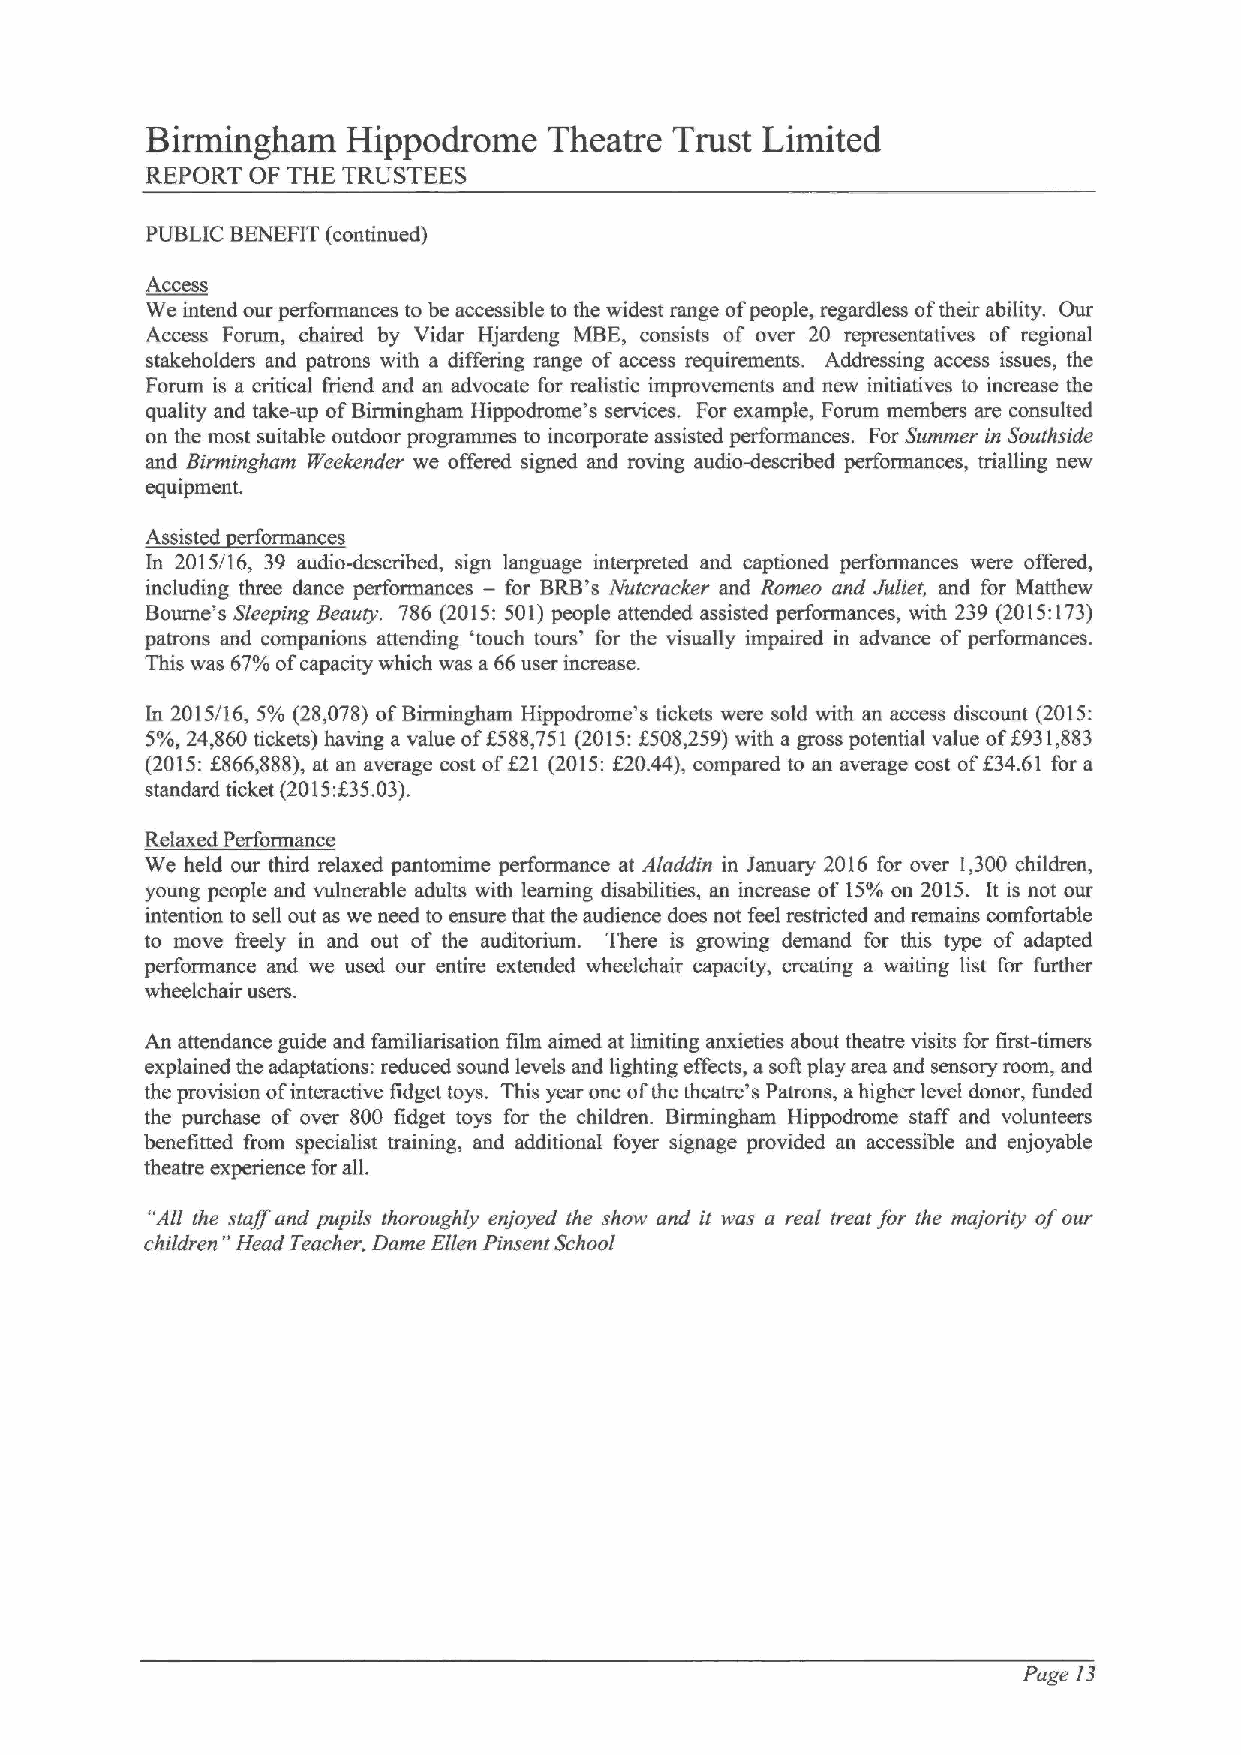
Birmingham   Hippodrome   Theatre Trust Limited
 REPORT OF THE TRUSTEES
 PUBLIC BENEFIT (continued)
 Access
 We intend our performances to be accessible to the widest range ofpeople, regardless oftheir ability. Our
 Access Forum, chaired by Vidar Hjardeng MBE, consists of over 20 representatives of regional
 stakeholders and patrons with a differing range of access requirements. Addressing access issues, the
 Forum is a critical friend and an advocate for realistic improvements and new initiatives to increase the
 quality and take-up ofBirmingham Hippodrome's services. For example, Forum members are consulted
 on the most suitable outdoor programmes to incorporate assisted performances. For Summer in Southside
 and Birmingham Weekender we offered signed and roving audio-described performances, trialling new
 equipment.
 Assisted erformances
 In 2015/16, 39 audio-described, sign language interpreted and captioned performances were offered,
 including three dance performances — for BRB's Nutcracker and Romeo and Juliet, and for Matthew
 Bourne's Sleeping Beauty. 786 (2015:501)people attended assisted performances, with 239 (2015:173)
 patrons and companions attending 'touch tours' for the visually impaired in advance of performances.
 This was 67%ofcapacity which was a 66user increase.
 In 2015/16, 5% (28,078) ofBirmingham Hippodrome's tickets were sold with an access discount (2015:
 5%,24,860tickets) having a value off588,751 (2015:f508,259) with a gross potential value off931,883
 (2015:f866,888), at an average cost of$21 (2015:f20.44), compared to an average cost of634.61 for a
 standard ticket (2015:f35.03).
 Relaxed Performance
 We held our third relaxed pantomime performance at Aladdin in lanuary 2016 for over 1,300 children,
 young people and vulnerable adults with learning disabilities, an increase of 15%on 2015. It is not our
 intention to sell out as we need to ensure that the audience does not feel restricted and remains comfortable
 to move freely in and out of the auditorium. There is growing demand for this type of adapted
 performance and we used our entire extended wheelchair capacity, creating a waiting list for further
 wheelchair users.
 An attendance guide and familiarisation film aimed at limiting anxieties about theatre visits for first-timers
 explained the adaptations: reduced sound levels and lighting effects, a soft play area and sensory room, and
 the provision ofinteractive fidget toys. This year one ofthe theatre's Patrons, ahigher level donor, funded
 the purchase of over 800 fidget toys for the children. Birmingham Hippodrome staff and volunteers
 benefitted from specialist training, and additional foyer signage provided an accessible and enjoyable
 theatre experience for all.
 "All the staff and pupils thoroughly enjoyed the show and it was a real treat for the maj ority ofour
 children" Head Teacher, Dame Ellen Pinsent School
 Page 13